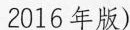
2016年版)